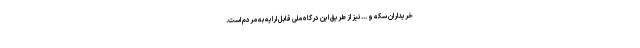
خریداران سکه و ... نیز از طریق این درگاه ملی قابل ارایه به مردم است.